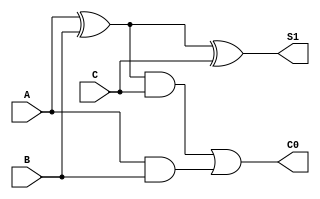
module compuertas2(

    //Entradas de las diferentes compuertas y entradas del sistema
    input A,
    input B, 
    input C,

    //Salidas de las compuertas y del sistema, C0 pertence a Co
    output S1,
    output C0
    );

    //Asiganmos los valores teniendo en cuenta que creamos una igualdad para dos variables
    //representan una salida y una entrada de una compuerta

    assign S1 = (A^B)^C;
    assign C0 = ((A^B)&C)|(A&B);


endmodule